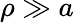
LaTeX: \rho\gg a